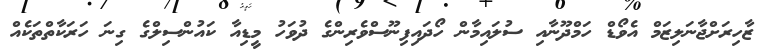
ޒާހިރަށްޖާނަލިޒަމް އެވޯޑް ހަމްދޫނާއި ސުލައިމާން ހޯދައިފިނޫސްވެރިންގެ ދުވަހު މީޑިއާ ކައުންސިލްގެ ގިނަ ހަރަކާތްތަކެއް